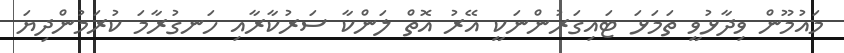
މައުމޫން ވިދާޅުވީ ތަމަޅަ ޓައިގަރުންނަކީ އޭރު އޮތް ލަންކާ ސަރުކާރާއި ހަނގުރާމަ ކުރަމުންދިޔަ